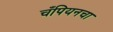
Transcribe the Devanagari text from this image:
चँपियनचा